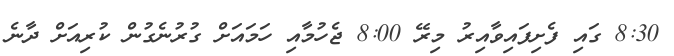
8:30 ގައި ފެށިފައިވާއިރު މިރޭ 8:00 ޖެހުމާއި ހަމައަށް ގުރުނެގުން ކުރިއަށް ދާނެ